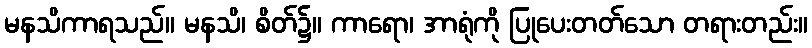
မနသိကာရသည်။ မနသိ၊ စိတ်၌။ ကာရော၊ အာရုံကို ပြုပေးတတ်သော တရားတည်း။